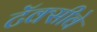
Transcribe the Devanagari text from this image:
टॅक्सीवे